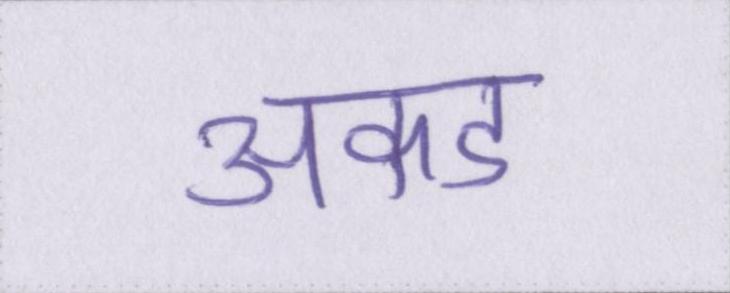
अकड